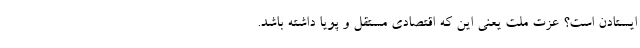
ایستادن است؟ عزت ملت یعنی این که اقتصادی مستقل و پویا داشته باشد.